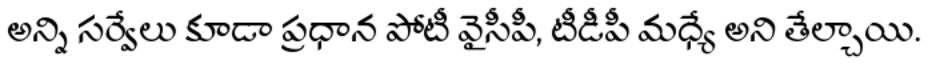
అన్ని సర్వేలు కూడా ప్రధాన పోటీ వైసీపీ, టీడీపీ మధ్యే అని తేల్చాయి.